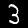
Label: 3